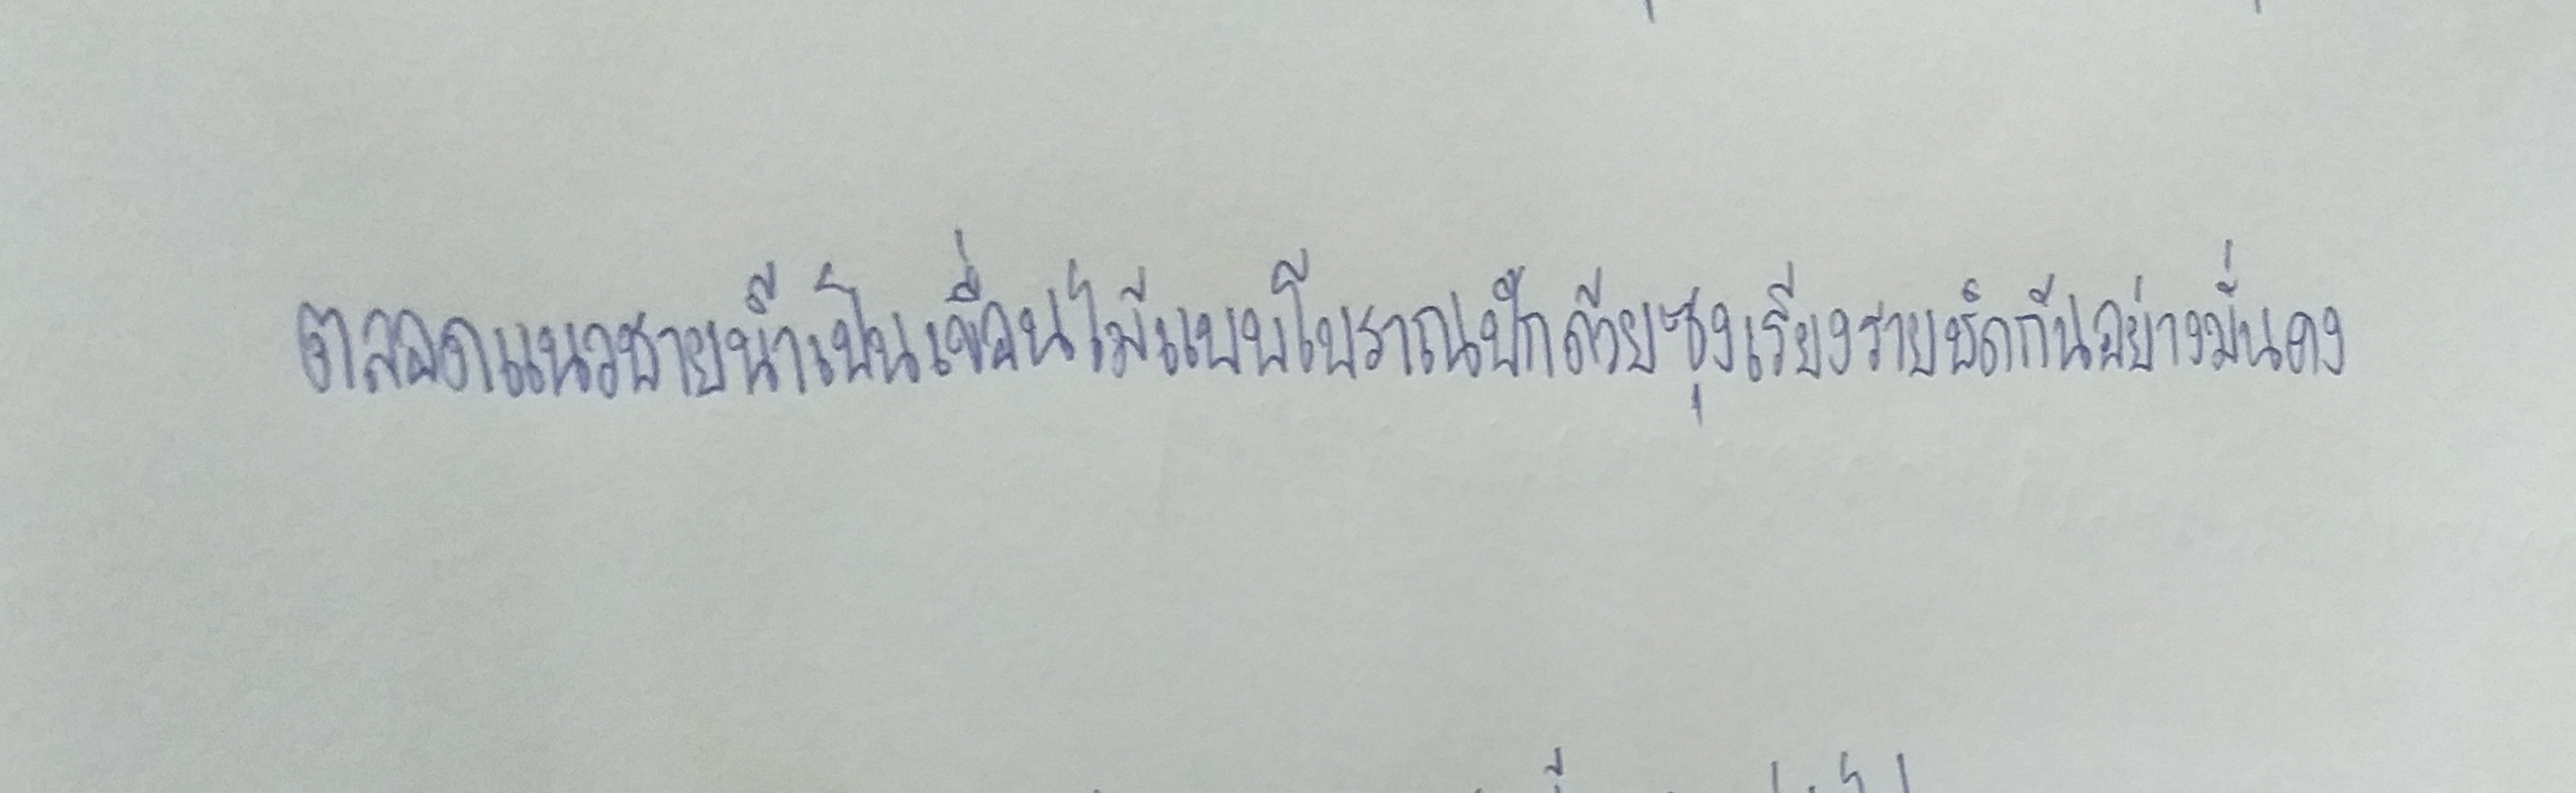
ตลอดแนวชายน้ำเป็นเขื่อนไม้แบบโบราณปักด้วยซุงเรียงรายชิดกันอย่างมั่นคง